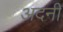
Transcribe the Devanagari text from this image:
अदनी